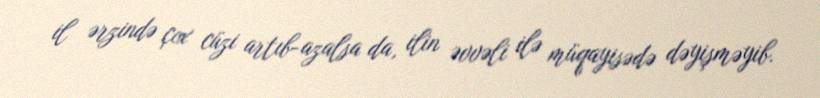
il ərzində çox cüzi artıb-azalsa da, ilin əvvəli ilə müqayisədə dəyişməyib.